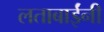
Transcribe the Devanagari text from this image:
लताबाईंनी